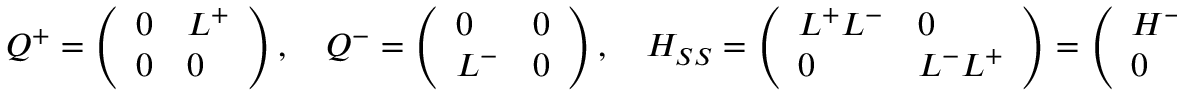
Q ^ { + } = \left( \begin{array} { l l } { 0 } & { L ^ { + } } \\ { 0 } & { 0 } \end{array} \right) , \quad Q ^ { - } = \left( \begin{array} { l l } { 0 } & { 0 } \\ { L ^ { - } } & { 0 } \end{array} \right) , \quad H _ { S S } = \left( \begin{array} { l l } { L ^ { + } L ^ { - } } & { 0 } \\ { 0 } & { L ^ { - } L ^ { + } } \end{array} \right) = \left( \begin{array} { l l } { H ^ { - } } & { 0 } \\ { 0 } & { H ^ { + } } \end{array} \right) ,